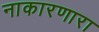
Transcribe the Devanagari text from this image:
नाकारणारा